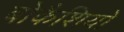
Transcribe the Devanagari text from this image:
बोकैशियो